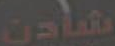
شادن